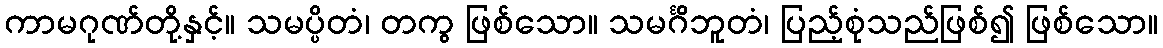
ကာမဂုဏ်တို့နှင့်။ သမပ္ပိတံ၊ တကွ ဖြစ်သော။ သမင်္ဂိဘူတံ၊ ပြည့်စုံသည်ဖြစ်၍ ဖြစ်သော။